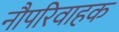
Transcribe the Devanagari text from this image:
नौपरिवाहक